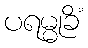
ပရမ္မုခိံ